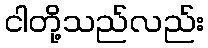
ငါတို့သည်လည်း